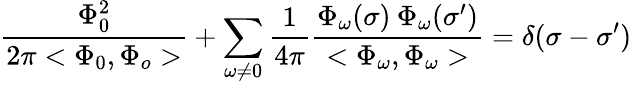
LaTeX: \frac{\Phi_{0}^{2}}{2\pi<\Phi_{0},\Phi_{o}>}+\sum_{\omega\neq 0}\frac{1}{4\pi}\frac{\Phi_{\omega}(\sigma)\: \Phi_{\omega}(\sigma^{\prime})}{<\Phi_{\omega},\Phi_{\omega}>}=\delta(\sigma-{\sigma^{\prime}})